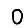
Digit: 0